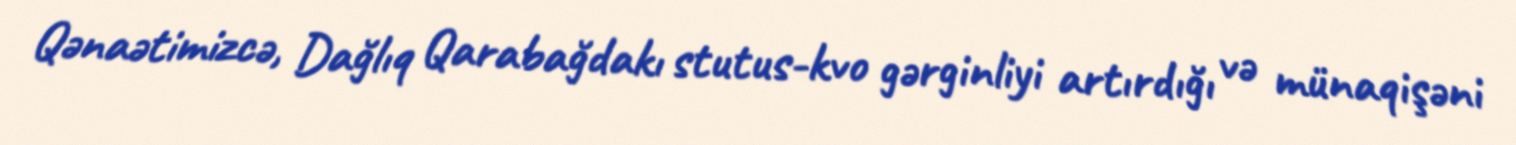
Qənaətimizcə, Dağlıq Qarabağdakı stutus-kvo gərginliyi artırdığı və münaqişəni